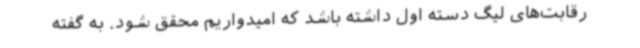
رقابت‌های لیگ دسته اول داشته باشد که امیدواریم محقق شود. به گفته